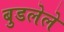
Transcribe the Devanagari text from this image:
बुडलेले